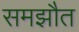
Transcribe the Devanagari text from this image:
समझौत